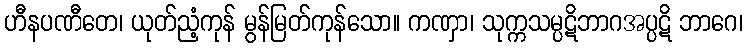
ဟီနပဏီတေ၊ ယုတ်ညံ့ကုန် မွန်မြတ်ကုန်သော။ ကဏှာ၊ သုက္ကသမ္ပဋိဘာဂအပ္ပဋိ ဘာဂေ၊